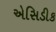
એસિડીક